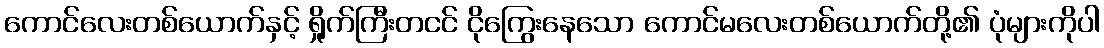
ကောင်လေးတစ်ယောက်နှင့် ရှိုက်ကြီးတငင် ငိုကြွေးနေသော ကောင်မလေးတစ်ယောက်တို့၏ ပုံများကိုပါ